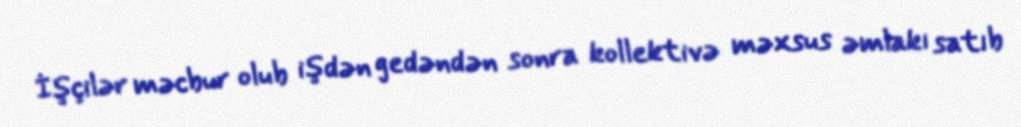
İşçilər məcbur olub işdən gedəndən sonra kollektivə məxsus əmlakı satıb